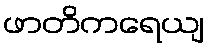
ဖာတိကရေယျ